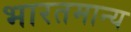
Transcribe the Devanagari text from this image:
भारतमान्य